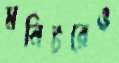
মনিটরেও